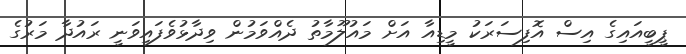
ޕީބީއައިގެ އިސް އޮފިސަރަކު މީޑިއާ އަށް މައުލޫމާތު ދެއްވަމުން ވިދާޅުވެފައިވަނީ ރައުދާ މަރުގެ